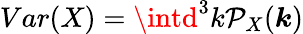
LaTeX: Var(X)=\intd^{3}k\mathcal{P}_{X}(\boldsymbol{k})